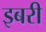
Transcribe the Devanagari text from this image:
इबरी